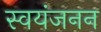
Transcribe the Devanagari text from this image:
स्वयंजनन